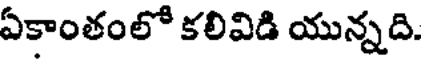
ఏకాంతంలో కలివిడి యున్నది.